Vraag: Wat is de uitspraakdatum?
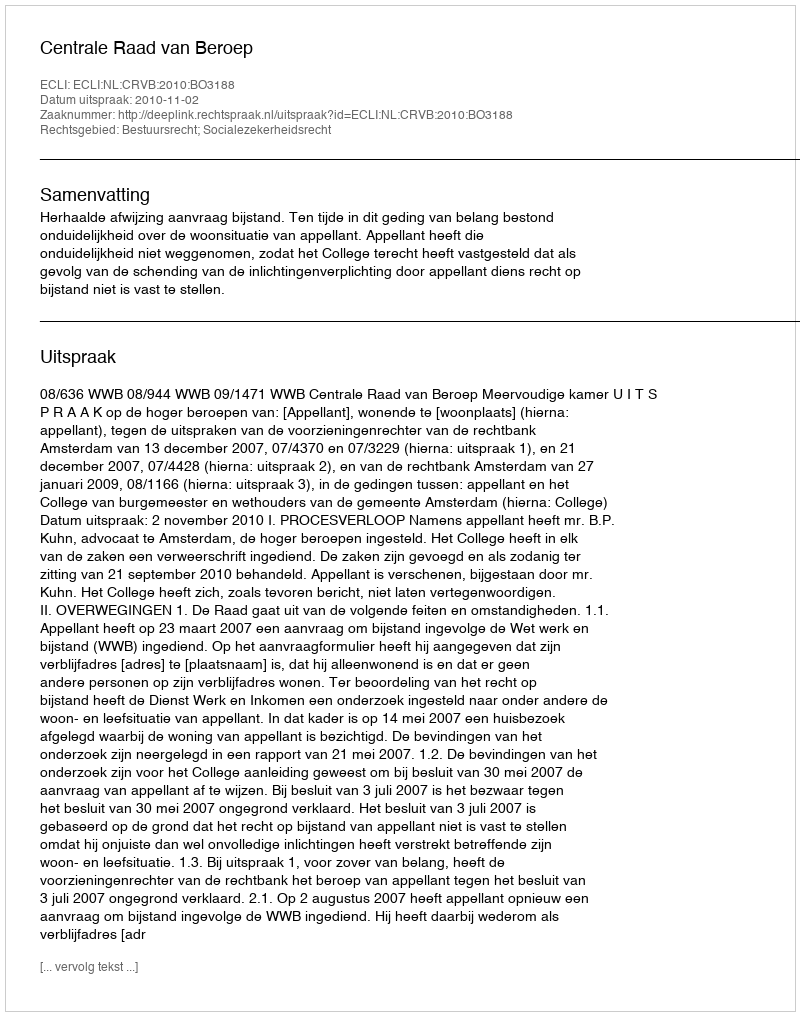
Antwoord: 2010-11-02